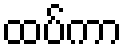
ထပ်ကာ